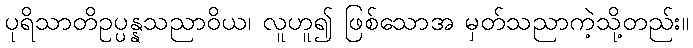
ပုရိသာတိဥပ္ပန္နသညာဝိယ၊ လူဟူ၍ ဖြစ်သောအ မှတ်သညာကဲ့သို့တည်း။